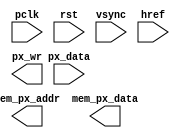
`timescale 1ns / 1ps
//////////////////////////////////////////////////////////////////////////////////
// Company: 
// Engineer: 
// 
// Design Name: 
// Module Name:    cam_read 
// Project Name: 
// Target Devices: 
// Tool versions: 
// Description: 
//
// Dependencies: 
//
// Revision: 
// Revision 0.01 - File Created
// Additional Comments: 
//
//////////////////////////////////////////////////////////////////////////////////
module cam_read #(
		parameter AW = 15 // Cantidad de bits  de la direccin 
		)(
		input pclk,
		input rst,
		input vsync,
		input href,
		input [7:0] px_data,

		output [AW-1:0] mem_px_addr,
		output [7:0]  mem_px_data,
		output px_wr
   );
	

/********************************************************************************

Por favor colocar en este archivo el desarrollo realizado por el grupo para la 
captura de datos de la camara 

debe tener en cuenta el nombre de las entradas  y salidad propuestas 

********************************************************************************/

endmodule